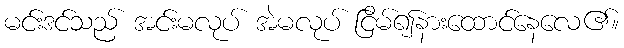
မင်းဒင်သည် အင်းမလုပ် အဲမလုပ် ငြိမ်၍နားထောင်နေလေ၏။